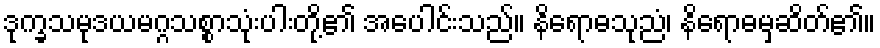
ဒုက္ခသမုဒယမဂ္ဂသစ္စာသုံးပါးတို့၏ အပေါင်းသည်။ နိရောဓသုညံ၊ နိရောဓမှဆိတ်၏။